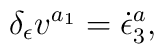
\delta _\epsilon v^{a_1}=\dot \epsilon _3^a,